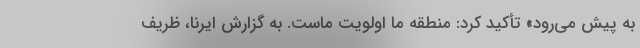
به پیش می‌رود» تأکید کرد: منطقه ما اولویت ماست. به گزارش ایرنا، ظریف